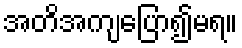
အတိအကျပြော၍မရ။